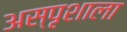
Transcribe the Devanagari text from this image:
अस्पृशाला